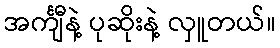
အင်္ကျီနဲ့ ပုဆိုးနဲ့ လှူတယ်။